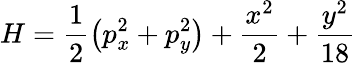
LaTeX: H=\frac{1}{2}\left(p_{x}^{2}+p_{y}^{2}\right)+\frac{x^{2}}{2}+\frac{y^{2}}{18}